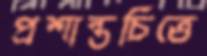
প্রশান্তচিত্তে